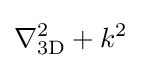
\nabla _{\text{3D}}^{2}+k^{2}